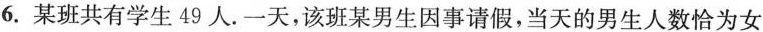
6.某班共有学生49人.一天，该班某男生因事请假，当天的男生人数恰为女